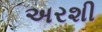
અરશી